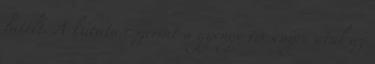
hitelt. A kutatás szerint a gyenge versenyre utal az